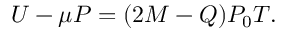
U - \mu P = ( 2 M - Q ) P _ { 0 } T .